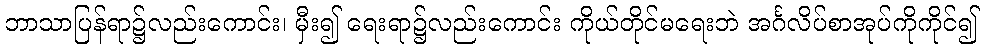
ဘာသာပြန်ရာ၌လည်းကောင်း၊ မှီး၍ ရေးရာ၌လည်းကောင်း ကိုယ်တိုင်မရေးဘဲ အင်္ဂလိပ်စာအုပ်ကိုကိုင်၍